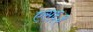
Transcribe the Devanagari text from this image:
एस६३